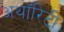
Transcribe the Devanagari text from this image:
अथाॅरिटी